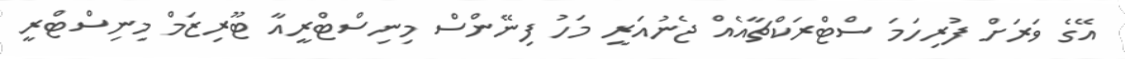
އޭގެ ވަރަށް ފުރިހަމަ ސްޓްރަކްޗާއެއް ޖެނުއަރީ މަހު ފިނޭންސް މިނިސްޓްރީއާ ޓޫރިޒަމް މިނިސްޓްރީ